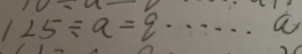
1 2 5 \div a = q \cdots a